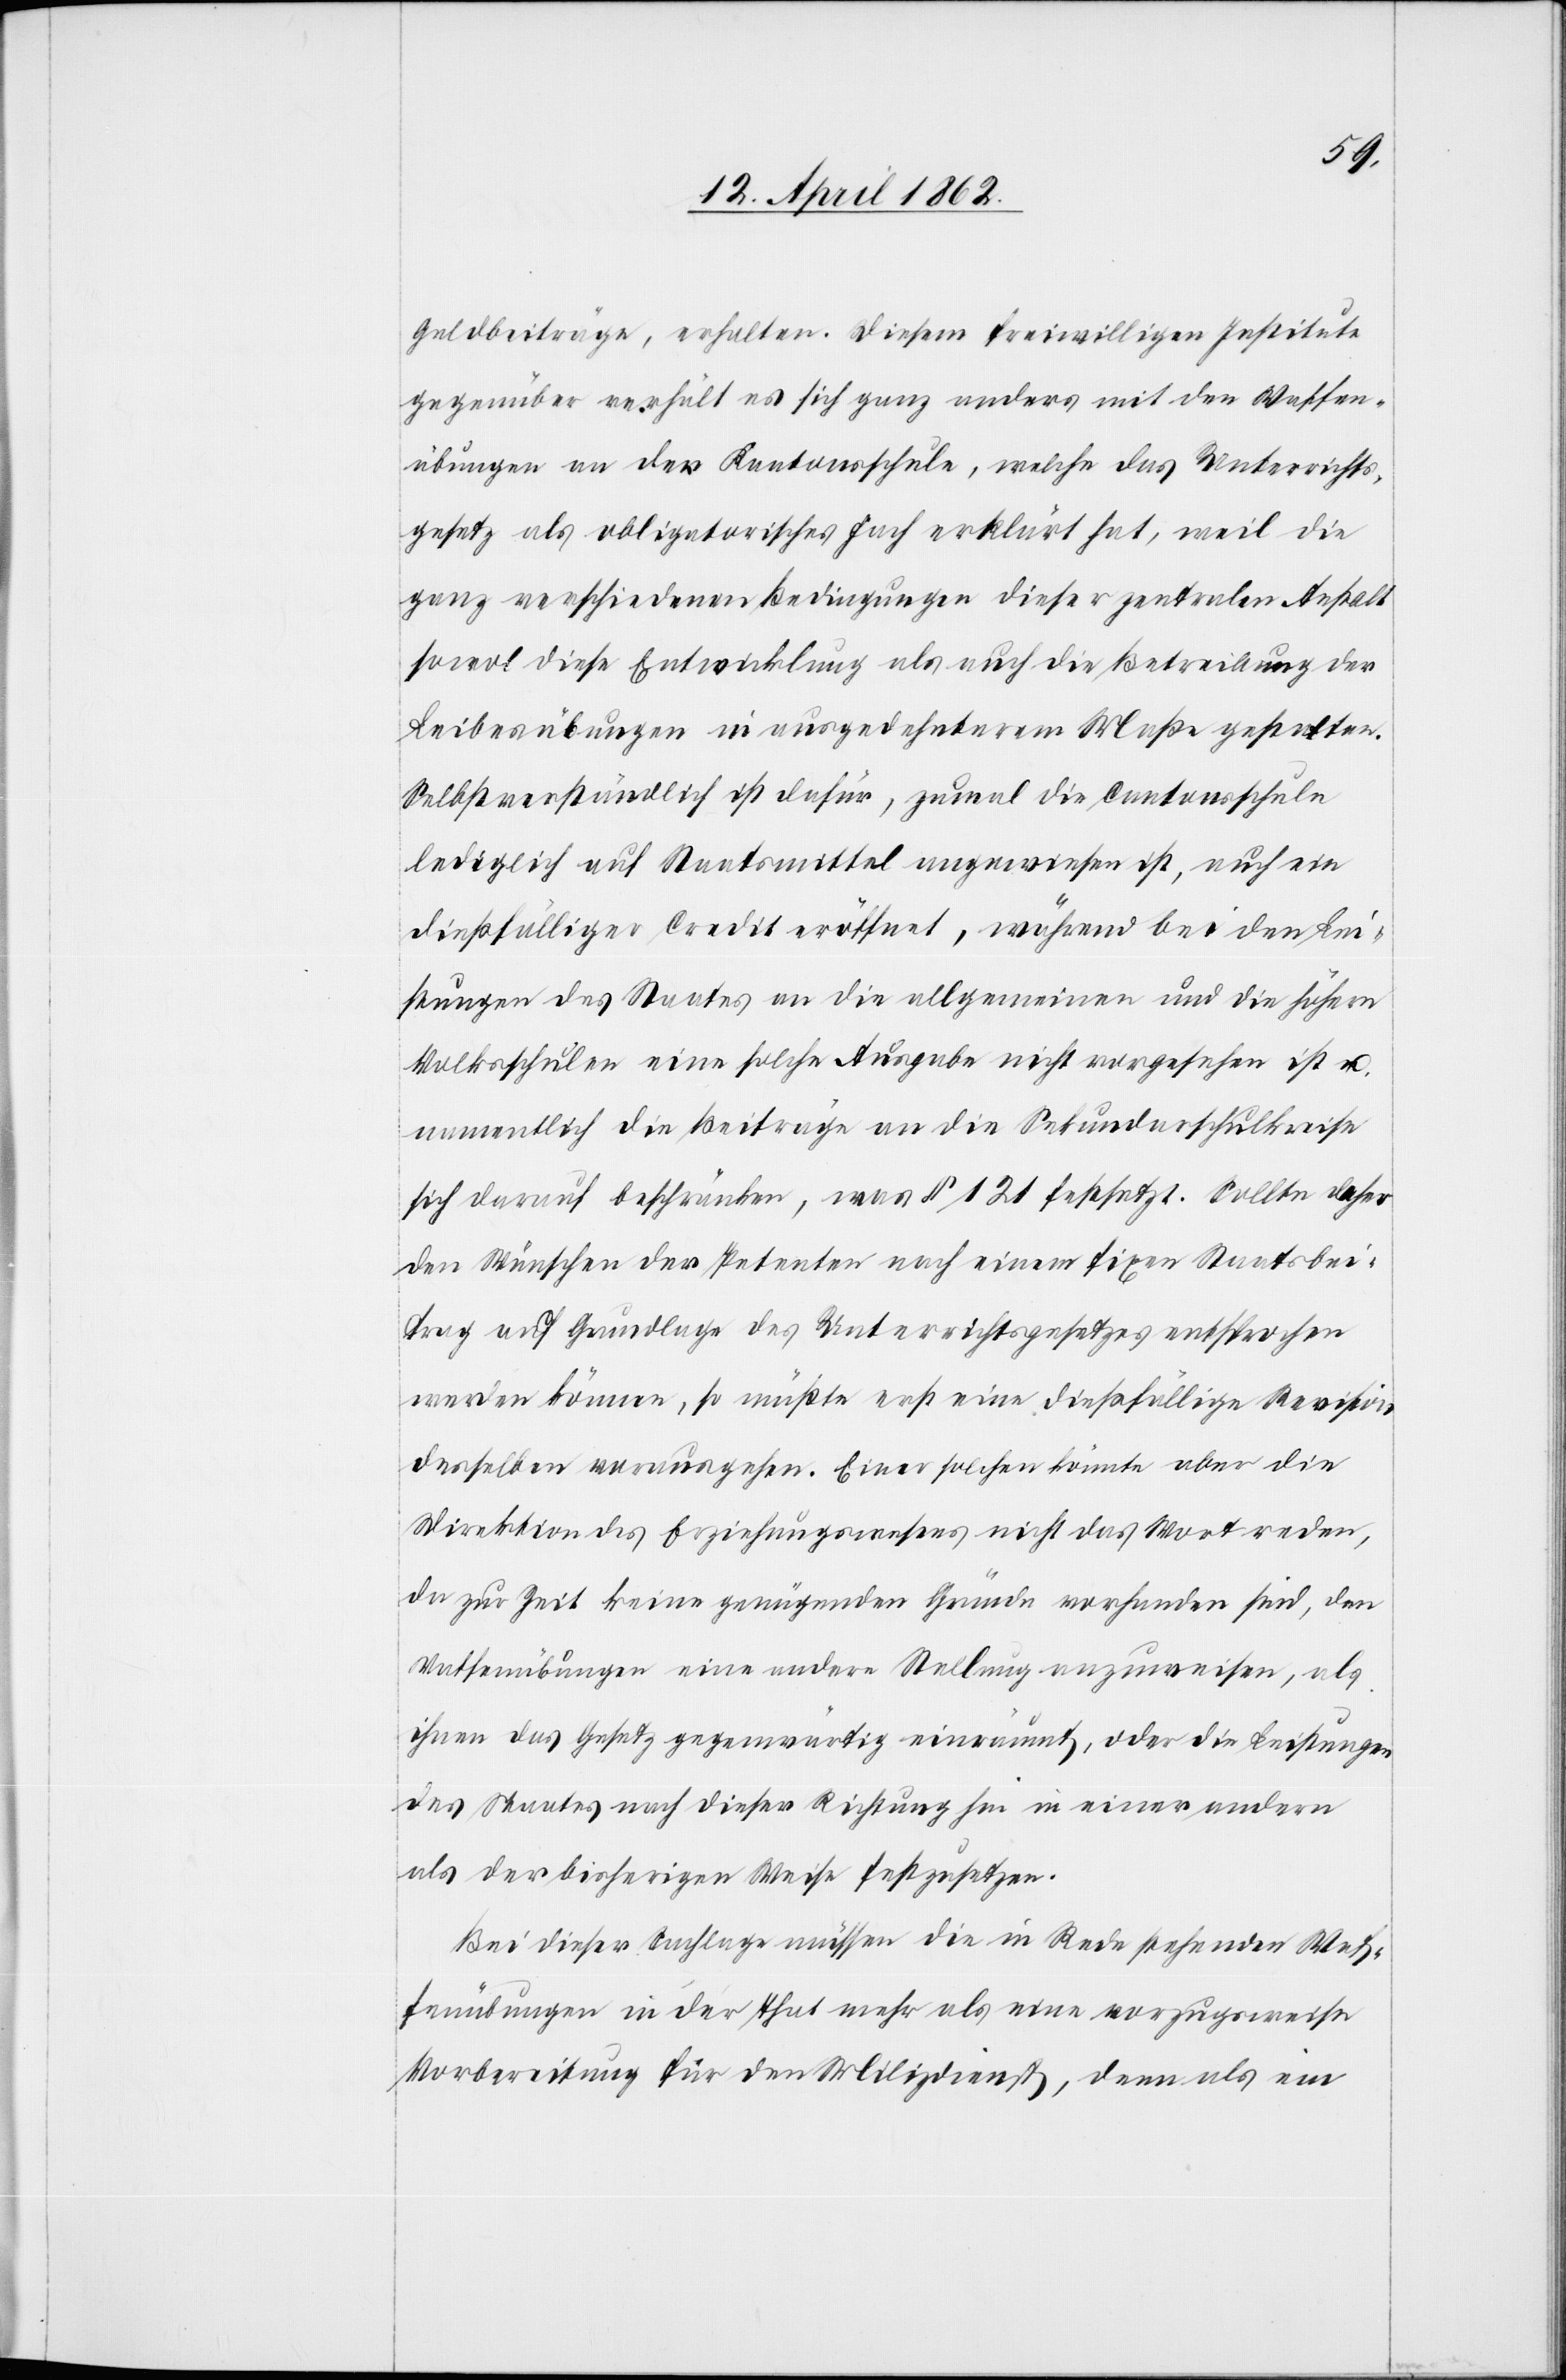
Geldbeiträge, erhalten. Diesem freiwilligen Institute
gegenüber verhält es sich ganz anders mit den Waffen¬
übungen an der Kantonsschule, welche das Unterrichts¬
gesetz als obligatorisches Fach erklärt hat, weil die
ganz verschiedenen Bedingungen dieser zentralen Anstalt
sowol diese Entwicklung als auch die Betreibung der
Leibesübungen in ausgedehnterem Maße gestalten.
Selbstverständlich ist dafür, zumal die Cantonsschule
lediglich auf Staatsmittel angewiesen ist, auch ein
dießfälliger Credit eröffnet, während bei den Lei¬
stungen des Staates an die allgemeinen und die höhern
Volksschulen eine solche Ausgabe nicht vorgesehen ist u.
namentlich die Beiträge an die Sekundarschulkreise
sich darauf beschränken, was § 121 festsetzt. Sollte daher
den Wünschen der Petenten nach einem fixen Staatsbei¬
trag auf Grundlage des Unterrichtsgesetzes entsprochen
werden können, so müßte erst eine dießfällige Revision
derselben vorausgehen. Einer solchen könnte aber die
Direktion des Erziehungswesens nicht das Wort reden,
da zur Zeit keine genügenden Gründe vorhanden sind, den
Waffenübungen eine andere Stellung anzuweisen, als
ihnen das Gesetz gegenwärtig einräumt, oder die Leistungen
des Staates nach dieser Richtung sei in einer andern
als der bisherigen Weise festzusetzen.
Bei dieser Sachlage müssen die in Rede stehenden Waf¬
fenübungen in der That mehr als eine vorzugsweise
Vorbereitung für den Milizdienst, denn als ein